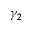
\gamma _ { 2 }